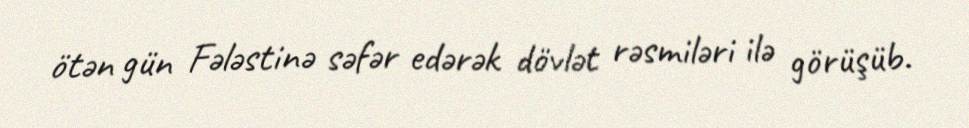
ötən gün Fələstinə səfər edərək dövlət rəsmiləri ilə görüşüb.